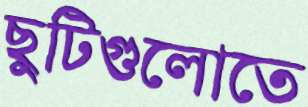
ছুটিগুলোতে